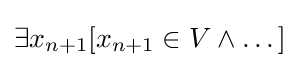
\exists x_{n+1}[x_{n+1}\in V\land \dots ]